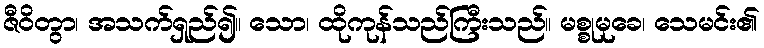
ဇီဝိတွာ၊ အသက်ရှည်၍။ သော၊ ထိုကုန်သည်ကြီးသည်။ မစ္စုမုခေ၊ သေမင်း၏